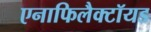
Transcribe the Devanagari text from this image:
एनाफिलैक्टॉयड